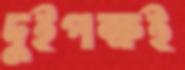
দুইপক্ষই